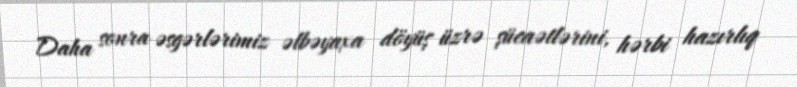
Daha sonra əsgərlərimiz əlbəyaxa döyüş üzrə şücaətlərini, hərbi hazırlıq